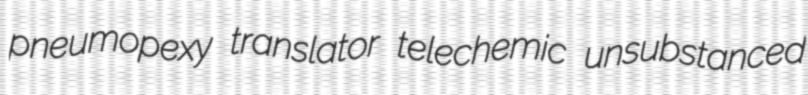
pneumopexy translator telechemic unsubstanced